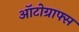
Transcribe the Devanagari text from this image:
ऑटोग्राफ्स